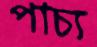
পাচ্য